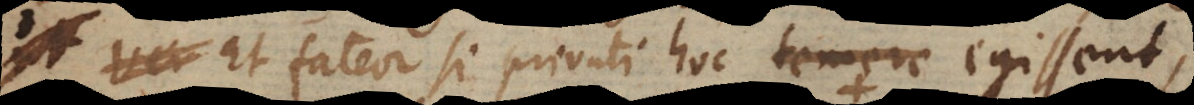
Et fateor si privati hoc temere egissent,